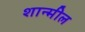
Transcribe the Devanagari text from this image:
शान्मील